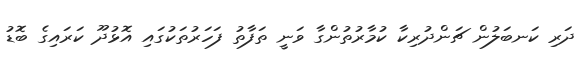
ދަރި ކަނބަލުން ޗަންދުރިކާ ކުމާރުތުންގާ ވަނީ ތަފާތު ފަހަރުތަކުގައި އޮޅުދޫ ކަރައިގެ ބޮޑު